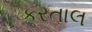
કરતાલ